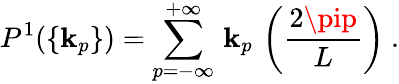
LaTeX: P^{1}(\{ \mathbf{k}_{p}\} )=\sum_{p=-\infty}^{+\infty}\, \mathbf{k}_{p}\, \left(\frac{{2\pip}}{{L}}\right)\ .